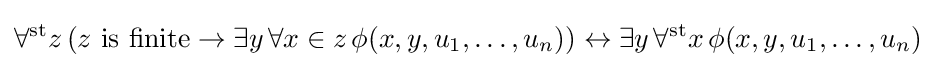
\forall ^{\mathrm {st} }z\,(z{\text{ is finite}}\to \exists y\,\forall x\in z\,\phi (x,y,u_{1},\dots ,u_{n}))\leftrightarrow \exists y\,\forall ^{\mathrm {st} }x\,\phi (x,y,u_{1},\dots ,u_{n})